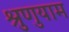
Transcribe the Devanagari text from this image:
श्रुणुयाम